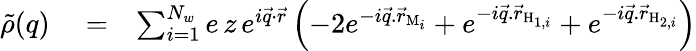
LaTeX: \begin{array}{rlr}{\tilde{\rho}(q)}&{{}=}&{\sum_{i=1}^{N_{w}}e\, z\, e^{i\vec{q}\cdot\vec{r}}\left(-2e^{-i\vec{q}.\vec{r}_{\mathrm{M}_{i}}}+e^{-i\vec{q}.\vec{r}_{\mathrm{H}_{1,i}}}+e^{-i\vec{q}.\vec{r}_{\mathrm{H}_{2,i}}}\right)}\end{array}